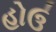
હોઉ